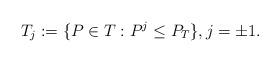
LaTeX: \begin{align*}T_{j} := \{ P\in T : P^{j} \leq P_{T}\},j=\pm 1.\end{align*}